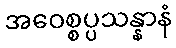
အဝေစ္စပ္ပသန္နာနံ